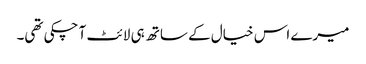
میرے اس خیال کے ساتھ ہی لائٹ آ چکی تھی۔